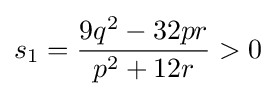
s_{1}={\frac {9q^{2}-32pr}{p^{2}+12r}}>0